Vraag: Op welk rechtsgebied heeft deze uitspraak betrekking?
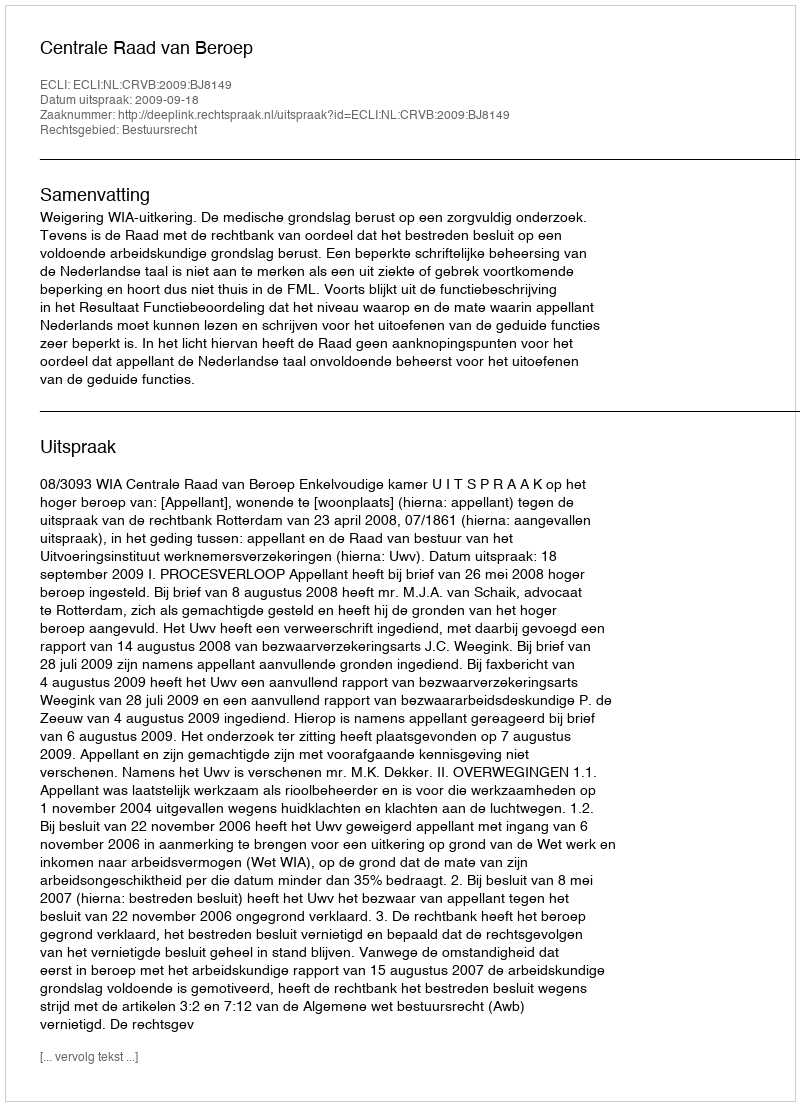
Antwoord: Bestuursrecht